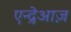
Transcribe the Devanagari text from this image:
एन्द्रेआज़